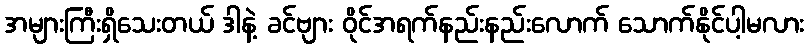
အများကြီးရှိသေးတယ် ဒါနဲ့ ခင်ဗျား ဝိုင်အရက်နည်းနည်းလောက် သောက်နိုင်ပါ့မလား